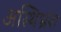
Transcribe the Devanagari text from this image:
अस्थिभ्रंश